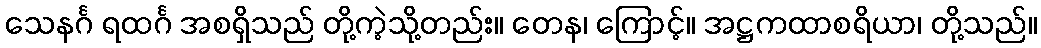
သေနင်္ဂ ရထင်္ဂ အစရှိသည် တို့ကဲ့သို့တည်း။ တေန၊ ကြောင့်။ အဋ္ဌကထာစရိယာ၊ တို့သည်။